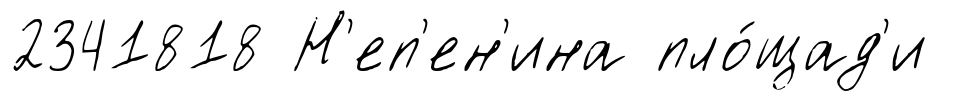
2341818 Н'еп'ен'ина пло́щад'и